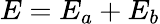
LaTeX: E=E_{a}+E_{b}